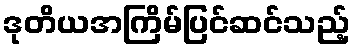
ဒုတိယအကြိမ်ပြင်ဆင်သည့်